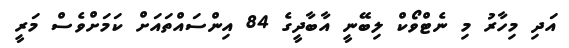
އަދި މިހާރު މި ނެޓްވޯކް ލިބޭނީ އާބާދީގެ 84 އިންސައްތައަށް ކަމަށްވެސް މަރީ